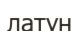
латун